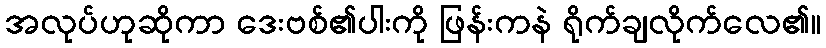
အလုပ်ဟုဆိုကာ ဒေးဗစ်၏ပါးကို ဖြန်းကနဲ ရိုက်ချလိုက်လေ၏။